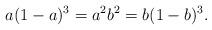
LaTeX: \begin{align*}a(1-a)^3=a^2b^2=b(1-b)^3.\end{align*}